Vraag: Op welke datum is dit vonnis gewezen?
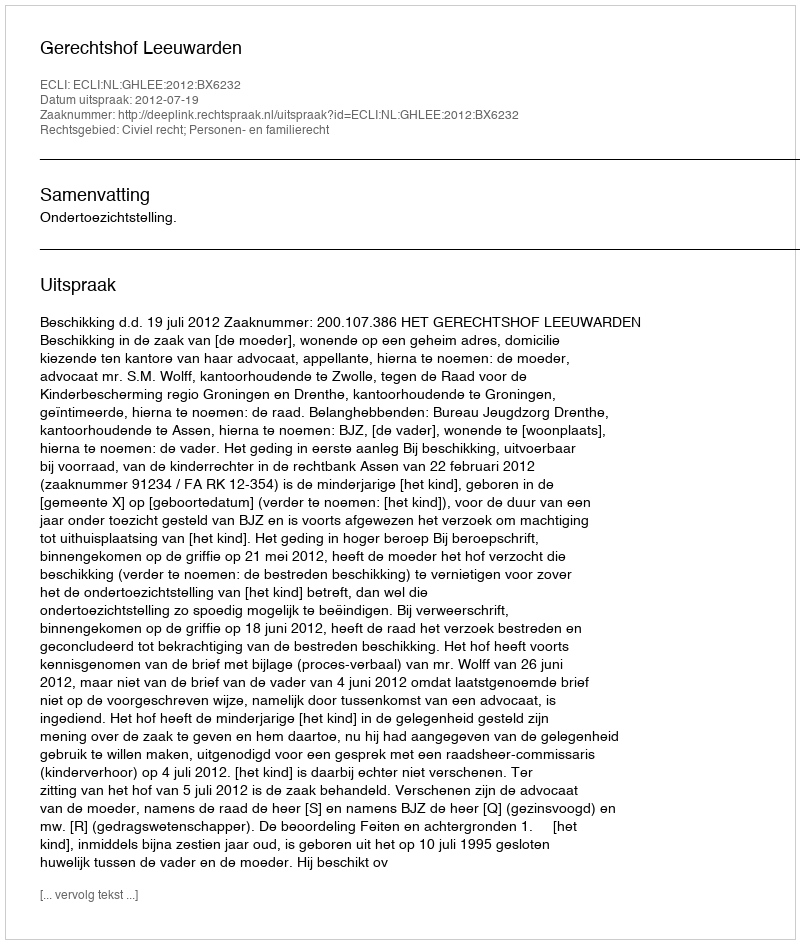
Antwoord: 2012-07-19